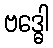
ဗဒ္ဓေါ